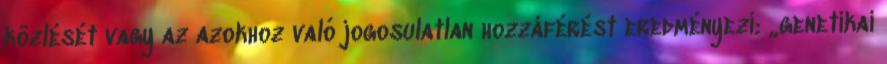
közlését vagy az azokhoz való jogosulatlan hozzáférést eredményezi; „genetikai